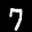
Label: 7